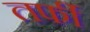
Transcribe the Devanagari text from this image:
तर्फी